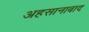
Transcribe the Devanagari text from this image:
अहसानाबाद